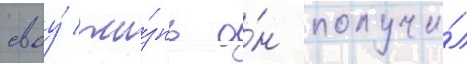
своу́ жи́знь о́н получи́л